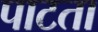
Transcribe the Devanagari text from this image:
पाटता